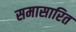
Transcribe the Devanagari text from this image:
समासारित